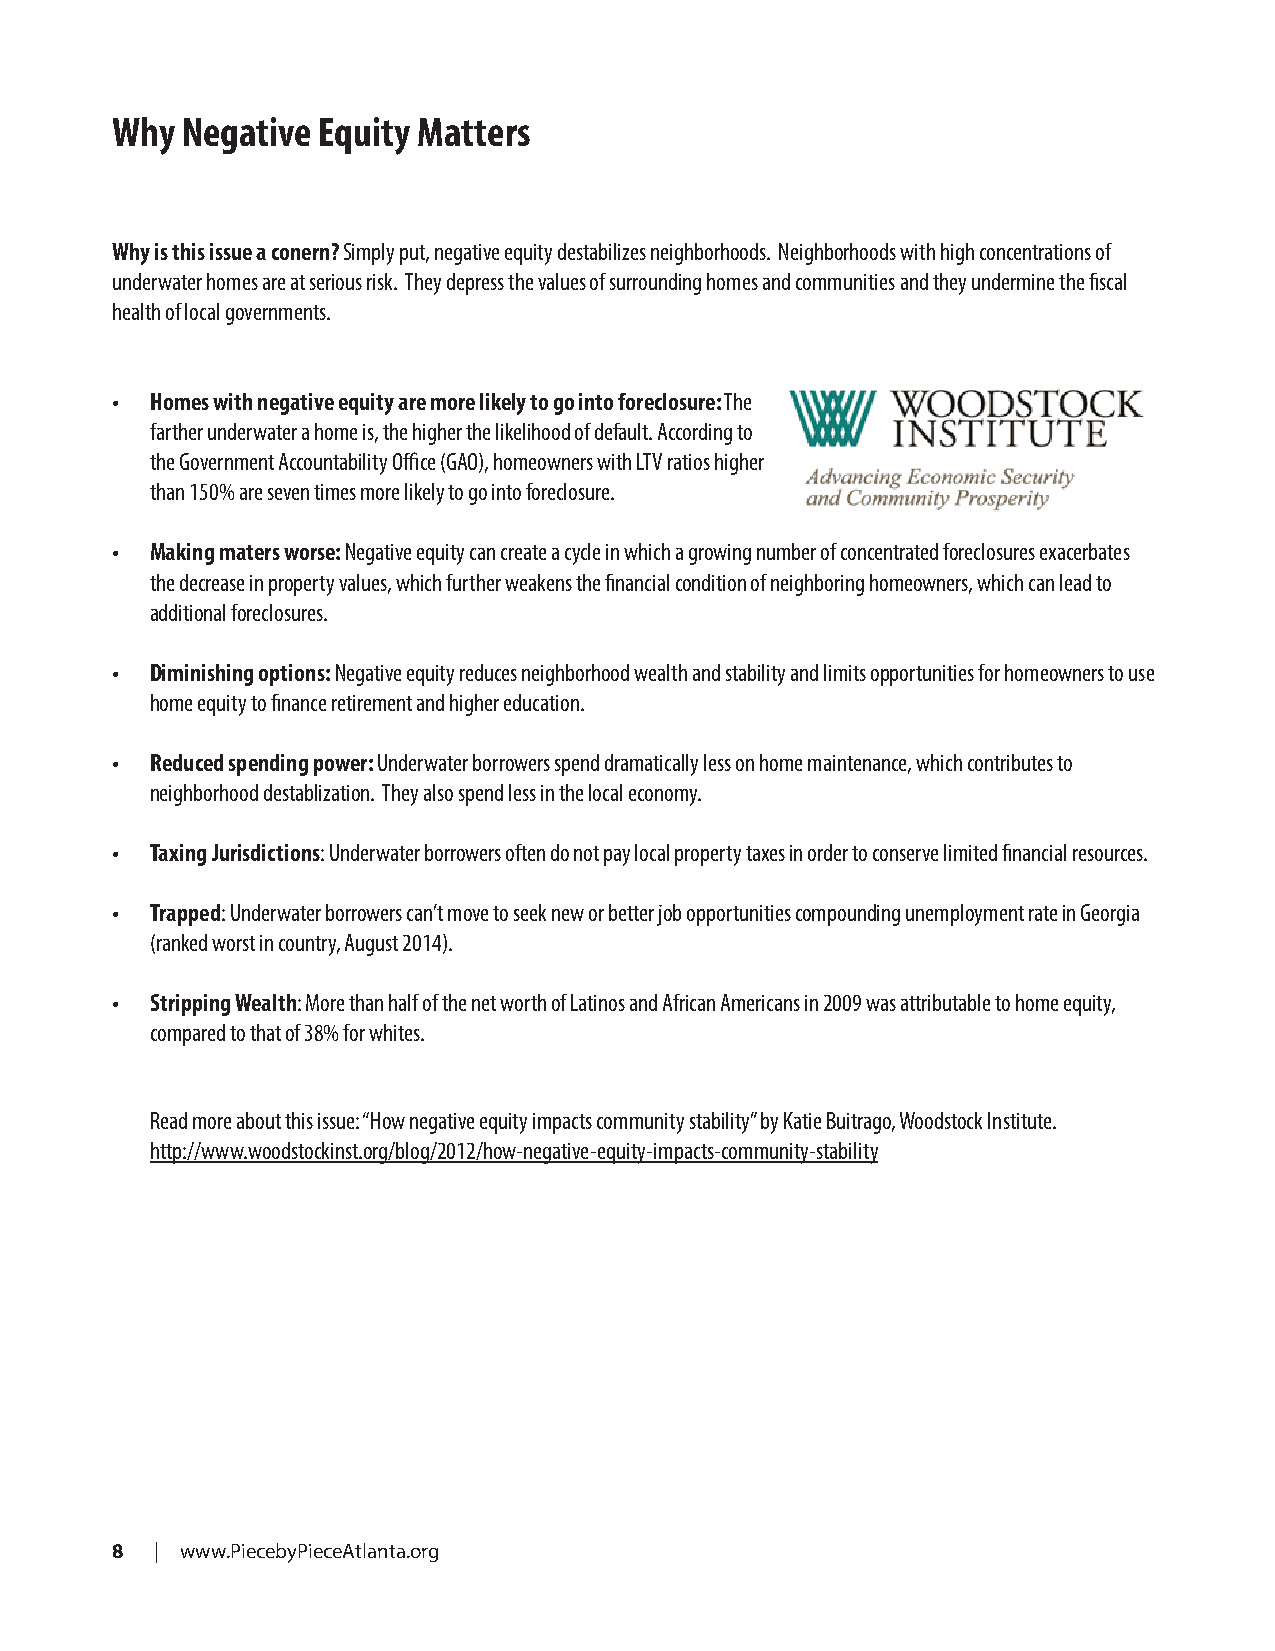
Why  Negative Equity Matters
 Why is this issue a conern? Simply put, negative equity destabilizes neighborhoods. Neighborhoods with high concentrations of
 underwater homes are at serious risk. They depress the values of surrounding homes and communities and they undermine the fiscal
 health of local governments.
 •  Homes with negative equity are more likely to go into foreclosure: The
 farther underwater a home is, the higher the likelihood of default. According to
 the Government Accountability Office (GAO), homeowners with LTV ratios higher
 than 150% are seven times more likely to go into foreclosure.
 •  Making maters worse: Negative equity can create a cycle in which a growing number of concentrated foreclosures exacerbates
 the decrease in property values, which further weakens the financial condition of neighboring homeowners, which can lead to
 additional foreclosures.
 •  Diminishing options: Negative equity reduces neighborhood wealth and stability and limits opportunities for homeowners to use
 home equity to finance retirement and higher education.
 •  Reduced spending power: Underwater borrowers spend dramatically less on home maintenance, which contributes to
 neighborhood destablization. They also spend less in the local economy.
 •  Taxing Jurisdictions: Underwater borrowers often do not pay local property taxes in order to conserve limited financial resources.
 •  Trapped: Underwater borrowers can’t move to seek new or better job opportunities compounding unemployment rate in Georgia
 (ranked worst in country, August 2014).
 •  Stripping Wealth: More than half of the net worth of Latinos and African Americans in 2009 was attributable to home equity,
 compared to that of 38% for whites.
 Read more about this issue: “How negative equity impacts community stability” by Katie Buitrago, Woodstock Institute.
 http://www.woodstockinst.org/blog/2012/how-negative-equity-impacts-community-stability
 8  | www.PiecebyPieceAtlanta.org